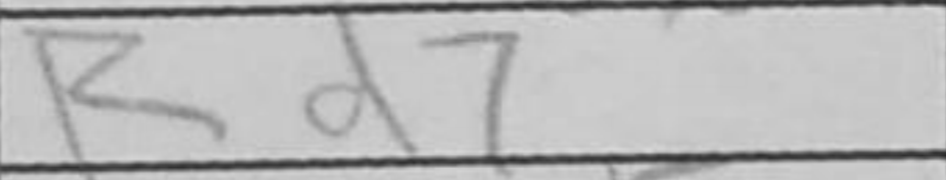
Transcription: Rd7